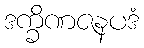
ဒက္ခိဏဇနပဒံ